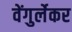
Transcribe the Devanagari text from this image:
वेंगुर्लेकर